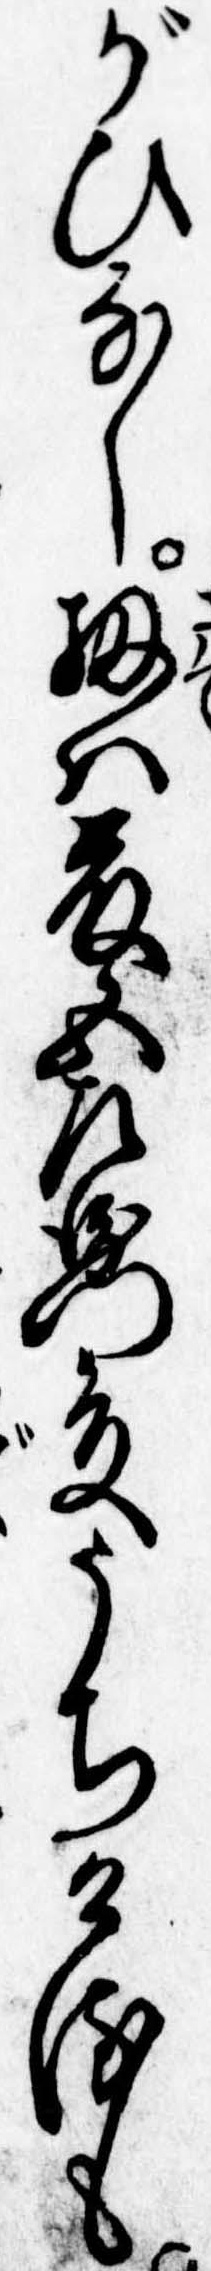
がひなし扨は藤五左衛門殿うちけるも